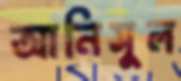
আনিসুল